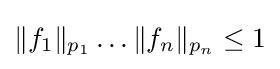
\|f_{1}\|_{p_{1}}\dots \|f_{n}\|_{p_{n}}\leq 1